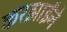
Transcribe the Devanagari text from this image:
करझाईंने